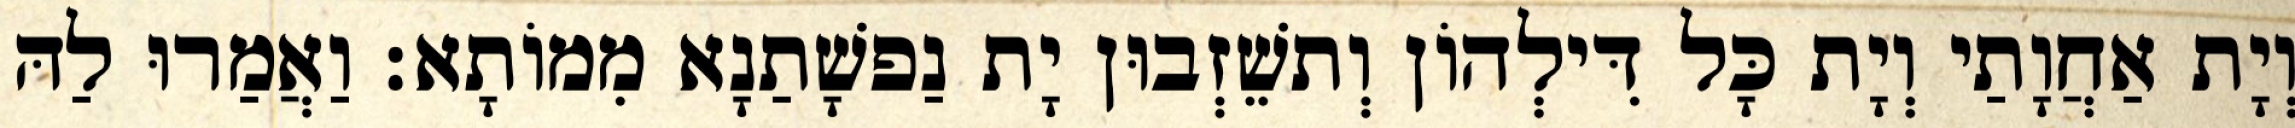
וְיָת אַחֲוָתַי וְיָת כָּל דִּילְהוֹן וְתשֵׁזְבוּן יָת נַפשָׁתַנָא מִמוֹתָא׃ וַאֲמַרוּ לַהּ